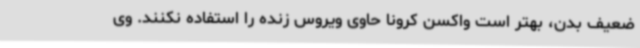
ضعیف بدن، بهتر است واکسن کرونا حاوی ویروس زنده را استفاده نکنند. وی